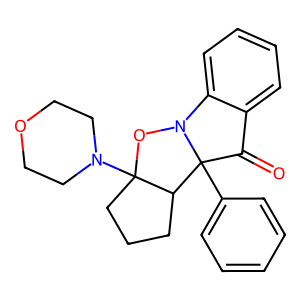
SMILES: O=C1c2ccccc2N2OC3(N4CCOCC4)CCCC3C12c1ccccc1
Inhibits HIV replication: No